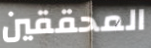
المحققين